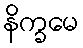
နိက္ခမေ